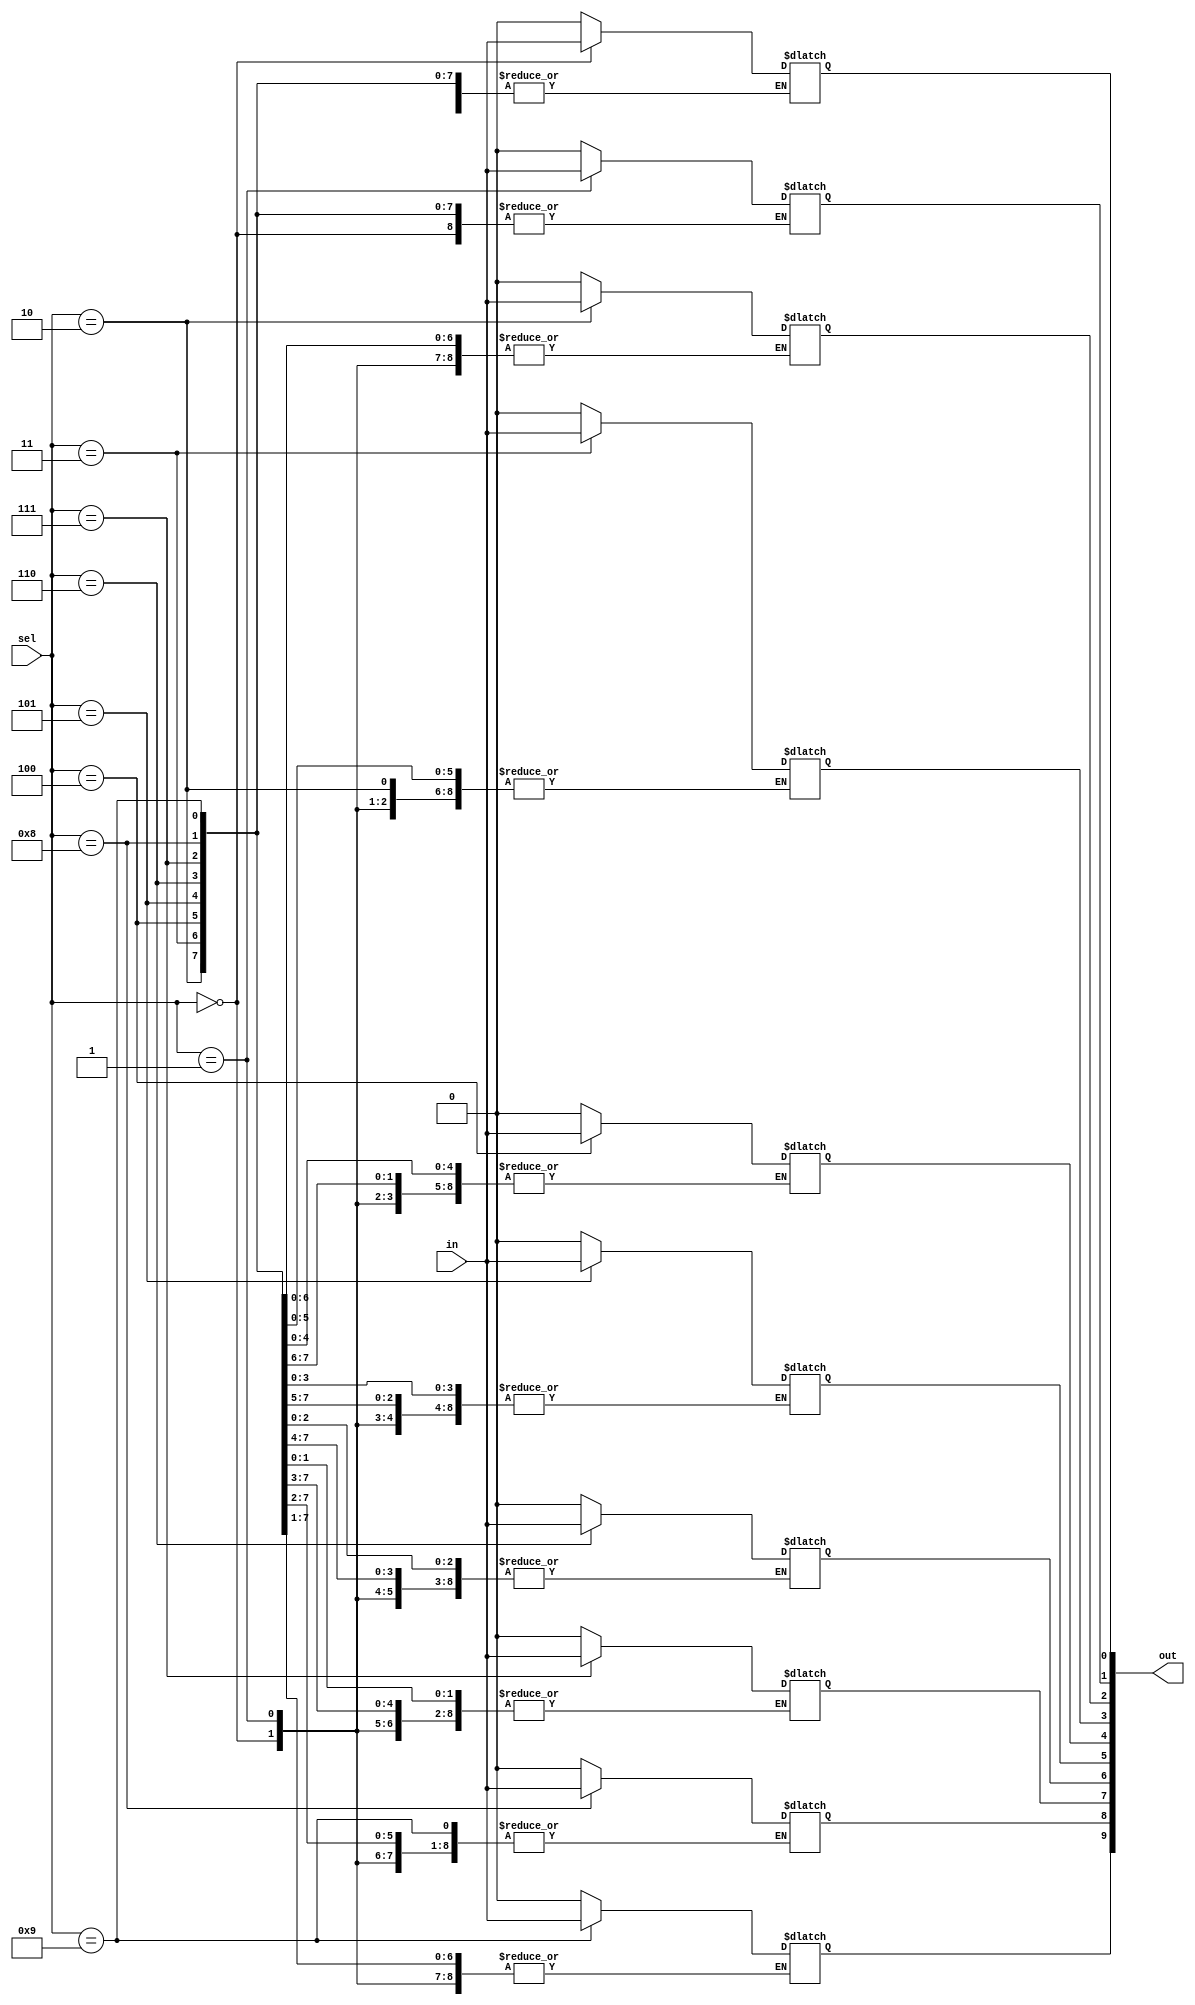
`timescale 1ns / 1ps



module dmux_RX(in ,sel ,out);
    
    input in ;
    input [3:0] sel;
    
    output reg [9:0] out ;
    
    initial begin
    
        out = 10'b0;
    
    end
    always @ (*) begin 
    
        case(sel)
            
            4'b0000:  out[0] = in ;
            4'b0001:  out[1] = in ;
            4'b0010:  out[2] = in ;
            4'b0011:  out[3] = in ;
            4'b0100:  out[4] = in ;
            4'b0101:  out[5] = in ;
            4'b0110:  out[6] = in ;
            4'b0111:  out[7] = in ;
            4'b1000:  out[8] = in ;
            4'b1001:  out[9] = in ;
            default : out = 1'b0 ;
        
        endcase 
    end  
endmodule